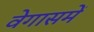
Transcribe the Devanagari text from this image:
वेगासमें